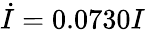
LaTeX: \dot{I}=0.0730I